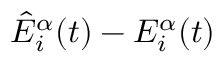
\hat { E } _ { i } ^ { \alpha } ( t ) - E _ { i } ^ { \alpha } ( t )